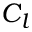
C _ { l }